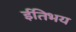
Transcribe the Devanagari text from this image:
ईतिभय